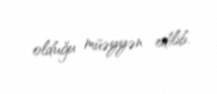
olduğu müəyyən edilib.